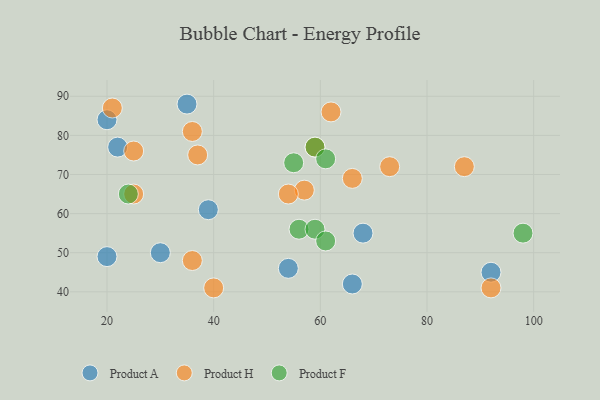
{"axis": {"x": "GDP", "y": "Life Expectancy"}, "legend": ["Product A", "Product F", "Product H"], "data": [{"x": "54", "y": 46, "type": "Product A"}, {"x": "35", "y": 88, "type": "Product A"}, {"x": "20", "y": 84, "type": "Product A"}, {"x": "92", "y": 45, "type": "Product A"}, {"x": "22", "y": 77, "type": "Product A"}, {"x": "20", "y": 49, "type": "Product A"}, {"x": "39", "y": 61, "type": "Product A"}, {"x": "68", "y": 55, "type": "Product A"}, {"x": "30", "y": 50, "type": "Product A"}, {"x": "66", "y": 42, "type": "Product A"}, {"x": "57", "y": 66, "type": "Product H"}, {"x": "25", "y": 65, "type": "Product H"}, {"x": "25", "y": 76, "type": "Product H"}, {"x": "37", "y": 75, "type": "Product H"}, {"x": "87", "y": 72, "type": "Product H"}, {"x": "62", "y": 86, "type": "Product H"}, {"x": "21", "y": 87, "type": "Product H"}, {"x": "54", "y": 65, "type": "Product H"}, {"x": "40", "y": 41, "type": "Product H"}, {"x": "36", "y": 48, "type": "Product H"}, {"x": "36", "y": 81, "type": "Product H"}, {"x": "92", "y": 41, "type": "Product H"}, {"x": "73", "y": 72, "type": "Product H"}, {"x": "59", "y": 77, "type": "Product H"}, {"x": "66", "y": 69, "type": "Product H"}, {"x": "59", "y": 77, "type": "Product F"}, {"x": "56", "y": 56, "type": "Product F"}, {"x": "59", "y": 56, "type": "Product F"}, {"x": "24", "y": 65, "type": "Product F"}, {"x": "55", "y": 73, "type": "Product F"}, {"x": "61", "y": 74, "type": "Product F"}, {"x": "61", "y": 53, "type": "Product F"}, {"x": "98", "y": 55, "type": "Product F"}]}